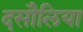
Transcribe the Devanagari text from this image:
दसौलिया